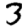
Digit: 3